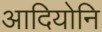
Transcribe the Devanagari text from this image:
आदियोनि